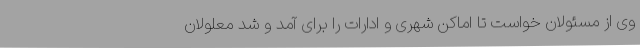
وی از مسئولان خواست تا اماکن شهری و ادارات را برای آمد و شد معلولان